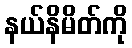
နယ်နိမိတ်ကို